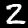
Label: 2